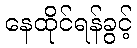
နေထိုင်ရန်ခွင့်